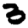
Digit: 3